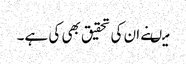
میںنے ان کی تحقیق بھی کی ہے۔